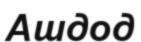
Ашдод